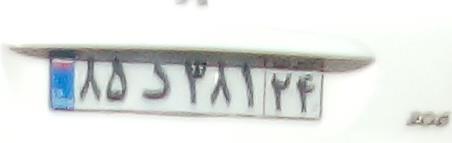
۸۵د۳۸۱۲۴